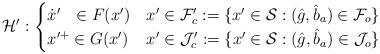
LaTeX: \begin{align*}&\mathcal{H}': \begin{cases}\dot{x}'~~\in F(x') & x'\in \mathcal{F}_c':=\{x'\in \mathcal{S}: (\hat{g},\hat{b}_a)\in \mathcal{F}_o\} \\x'^+\in G(x') & x'\in \mathcal{J}_c':=\{x'\in \mathcal{S}: (\hat{g},\hat{b}_a)\in \mathcal{J}_o\}\end{cases} \end{align*}